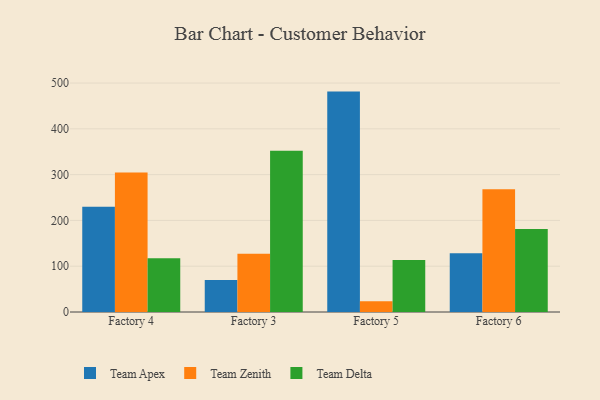
{"axis": {"x": "Factory", "y": "Page Views"}, "legend": ["Team Apex", "Team Delta", "Team Zenith"], "data": [{"x": "Factory 4", "y": 229.7, "type": "Team Apex"}, {"x": "Factory 4", "y": 304.8, "type": "Team Zenith"}, {"x": "Factory 4", "y": 117.4, "type": "Team Delta"}, {"x": "Factory 3", "y": 69.7, "type": "Team Apex"}, {"x": "Factory 3", "y": 127.2, "type": "Team Zenith"}, {"x": "Factory 3", "y": 352.1, "type": "Team Delta"}, {"x": "Factory 5", "y": 481.3, "type": "Team Apex"}, {"x": "Factory 5", "y": 23.5, "type": "Team Zenith"}, {"x": "Factory 5", "y": 113.3, "type": "Team Delta"}, {"x": "Factory 6", "y": 128.2, "type": "Team Apex"}, {"x": "Factory 6", "y": 268.1, "type": "Team Zenith"}, {"x": "Factory 6", "y": 181.5, "type": "Team Delta"}]}